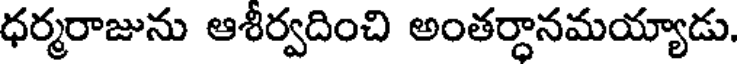
ధర్మరాజును ఆశీర్వదించి అంతర్ధానమయ్యాడు.